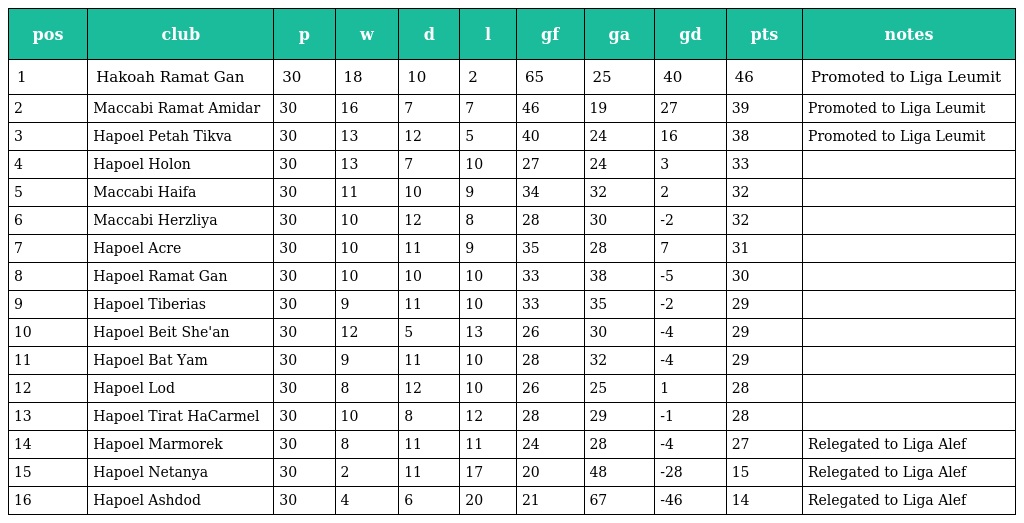
| pos | club | p | w | d | l | gf | ga | gd | pts | notes |
 | --- | --- | --- | --- | --- | --- | --- | --- | --- | --- | --- |
 | 1 | Hakoah Ramat Gan | 30 | 18 | 10 | 2 | 65 | 25 | 40 | 46 | Promoted to Liga Leumit |
 | 2 | Maccabi Ramat Amidar | 30 | 16 | 7 | 7 | 46 | 19 | 27 | 39 | Promoted to Liga Leumit |
 | 3 | Hapoel Petah Tikva | 30 | 13 | 12 | 5 | 40 | 24 | 16 | 38 | Promoted to Liga Leumit |
 | 4 | Hapoel Holon | 30 | 13 | 7 | 10 | 27 | 24 | 3 | 33 |  |
 | 5 | Maccabi Haifa | 30 | 11 | 10 | 9 | 34 | 32 | 2 | 32 |  |
 | 6 | Maccabi Herzliya | 30 | 10 | 12 | 8 | 28 | 30 | -2 | 32 |  |
 | 7 | Hapoel Acre | 30 | 10 | 11 | 9 | 35 | 28 | 7 | 31 |  |
 | 8 | Hapoel Ramat Gan | 30 | 10 | 10 | 10 | 33 | 38 | -5 | 30 |  |
 | 9 | Hapoel Tiberias | 30 | 9 | 11 | 10 | 33 | 35 | -2 | 29 |  |
 | 10 | Hapoel Beit She'an | 30 | 12 | 5 | 13 | 26 | 30 | -4 | 29 |  |
 | 11 | Hapoel Bat Yam | 30 | 9 | 11 | 10 | 28 | 32 | -4 | 29 |  |
 | 12 | Hapoel Lod | 30 | 8 | 12 | 10 | 26 | 25 | 1 | 28 |  |
 | 13 | Hapoel Tirat HaCarmel | 30 | 10 | 8 | 12 | 28 | 29 | -1 | 28 |  |
 | 14 | Hapoel Marmorek | 30 | 8 | 11 | 11 | 24 | 28 | -4 | 27 | Relegated to Liga Alef |
 | 15 | Hapoel Netanya | 30 | 2 | 11 | 17 | 20 | 48 | -28 | 15 | Relegated to Liga Alef |
 | 16 | Hapoel Ashdod | 30 | 4 | 6 | 20 | 21 | 67 | -46 | 14 | Relegated to Liga Alef |